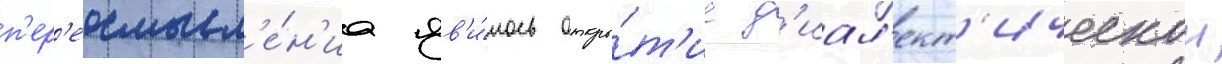
п'ер'еосмысл'е́н'иа яв'и́лось откры́т'ие д'иал'ект'ическои